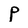
Character: P